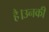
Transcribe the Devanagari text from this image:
है।उनकी